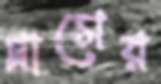
গ্লাসের